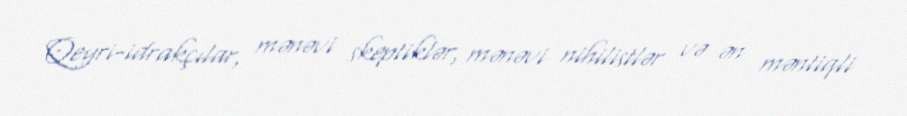
Qeyri-idrakçılar, mənəvi skeptiklər, mənəvi nihilistlər və ən məntiqli